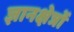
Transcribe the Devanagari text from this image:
ज्ञानक्षेत्रों